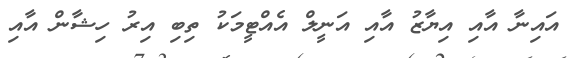
އައިނާ އާއި އިޔާޒު އާއި އަނީލް އެއްޓީމަކު ތިބި އިރު ހިޝާން އާއި